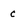
Character: c